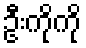
ဦးကိုကို